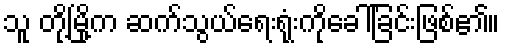
သူ တို့မြို့က ဆက်သွယ်ရေးရုံးကိုခေါ်ခြင်းဖြစ်၏။